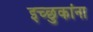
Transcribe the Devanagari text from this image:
इच्छुकांना